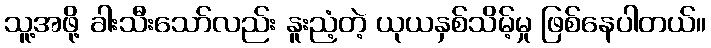
သူ့အဖို့ ခါးသီးသော်လည်း နူးညံ့တဲ့ ယုယနှစ်သိမ့်မှု ဖြစ်နေပါတယ်။